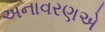
અનાવરણએ